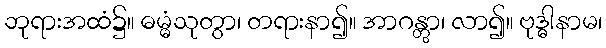
ဘုရားအထံ၌။ ဓမ္မံသုတွာ၊ တရားနာ၍။ အာဂန္တွာ၊ လာ၍။ ဗုဒ္ဓါနာမ၊